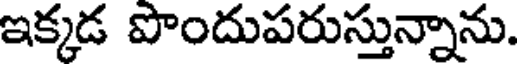
ఇక్కడ పొందుపరుస్తున్నాను.